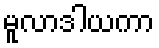
မူလာဒါယကာ